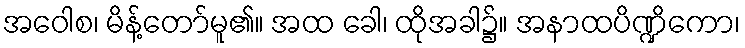
အဝေါစ၊ မိန့်တော်မူ၏။ အထ ခေါ၊ ထိုအခါ၌။ အနာထပိဏ္ဍိကော၊